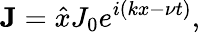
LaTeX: \mathbf{J}=\hat{x}J_{0}e^{i\left(kx-\nu t\right)},